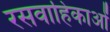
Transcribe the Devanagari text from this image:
रसवाहिकाओं